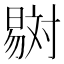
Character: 𣋇